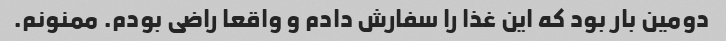
دومین بار بود که این غذا را سفارش دادم و واقعا راضی بودم. ممنونم.